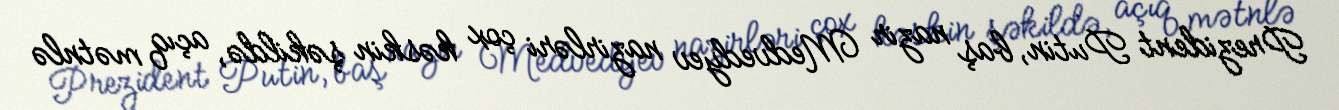
Prezident Putin, baş nazir Medvedyev nazirləri çox kəskin şəkildə, açıq mətnlə